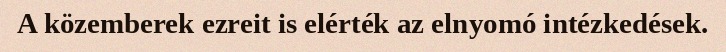
A közemberek ezreit is elérték az elnyomó intézkedések.